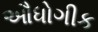
ઔધોગીક